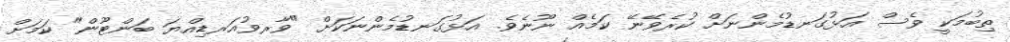
ތިބުމަކީ ވެސް އަޅުގަނޑުމެންނަށް ކުރެވޭނޭ ކަމެއް ނޫނެވެ. އަޅުގަނޑުމެންނަކަށް "ވާރވުއަރޑިއްޔަ ބަންޓޫން" ކަމަށް